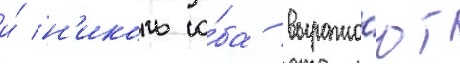
и́ н'иколь о́ба выража́ют